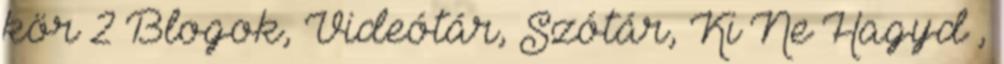
kör 2 Blogok, Videótár, Szótár, Ki Ne Hagyd ,